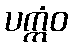
ပက္ကံဝ